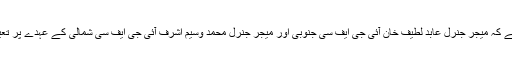
خیال رہے کہ میجر جنرل عابد لطیف خان آئی جی ایف سی جنوبی اور میجر جنرل محمد وسیم اشرف آئی جی ایف سی شمالی کے عہدے پر تعینات ہیں۔